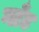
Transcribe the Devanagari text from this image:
ग्लँड